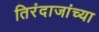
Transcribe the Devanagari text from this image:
तिरंदाजांच्या